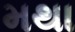
મથા